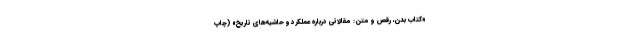
«کتاب بدن، رقص و متن: مقالاتی درباره عملکرد و حاشیه‌های تاریخ» (چاپ